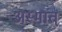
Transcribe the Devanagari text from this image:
अस्मात्‌